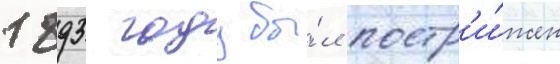
1893 году бы́л постр'и́жен